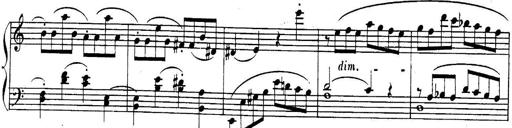
Title: Sonatina for Piano
Composer: BÃ©la BartÃ³k